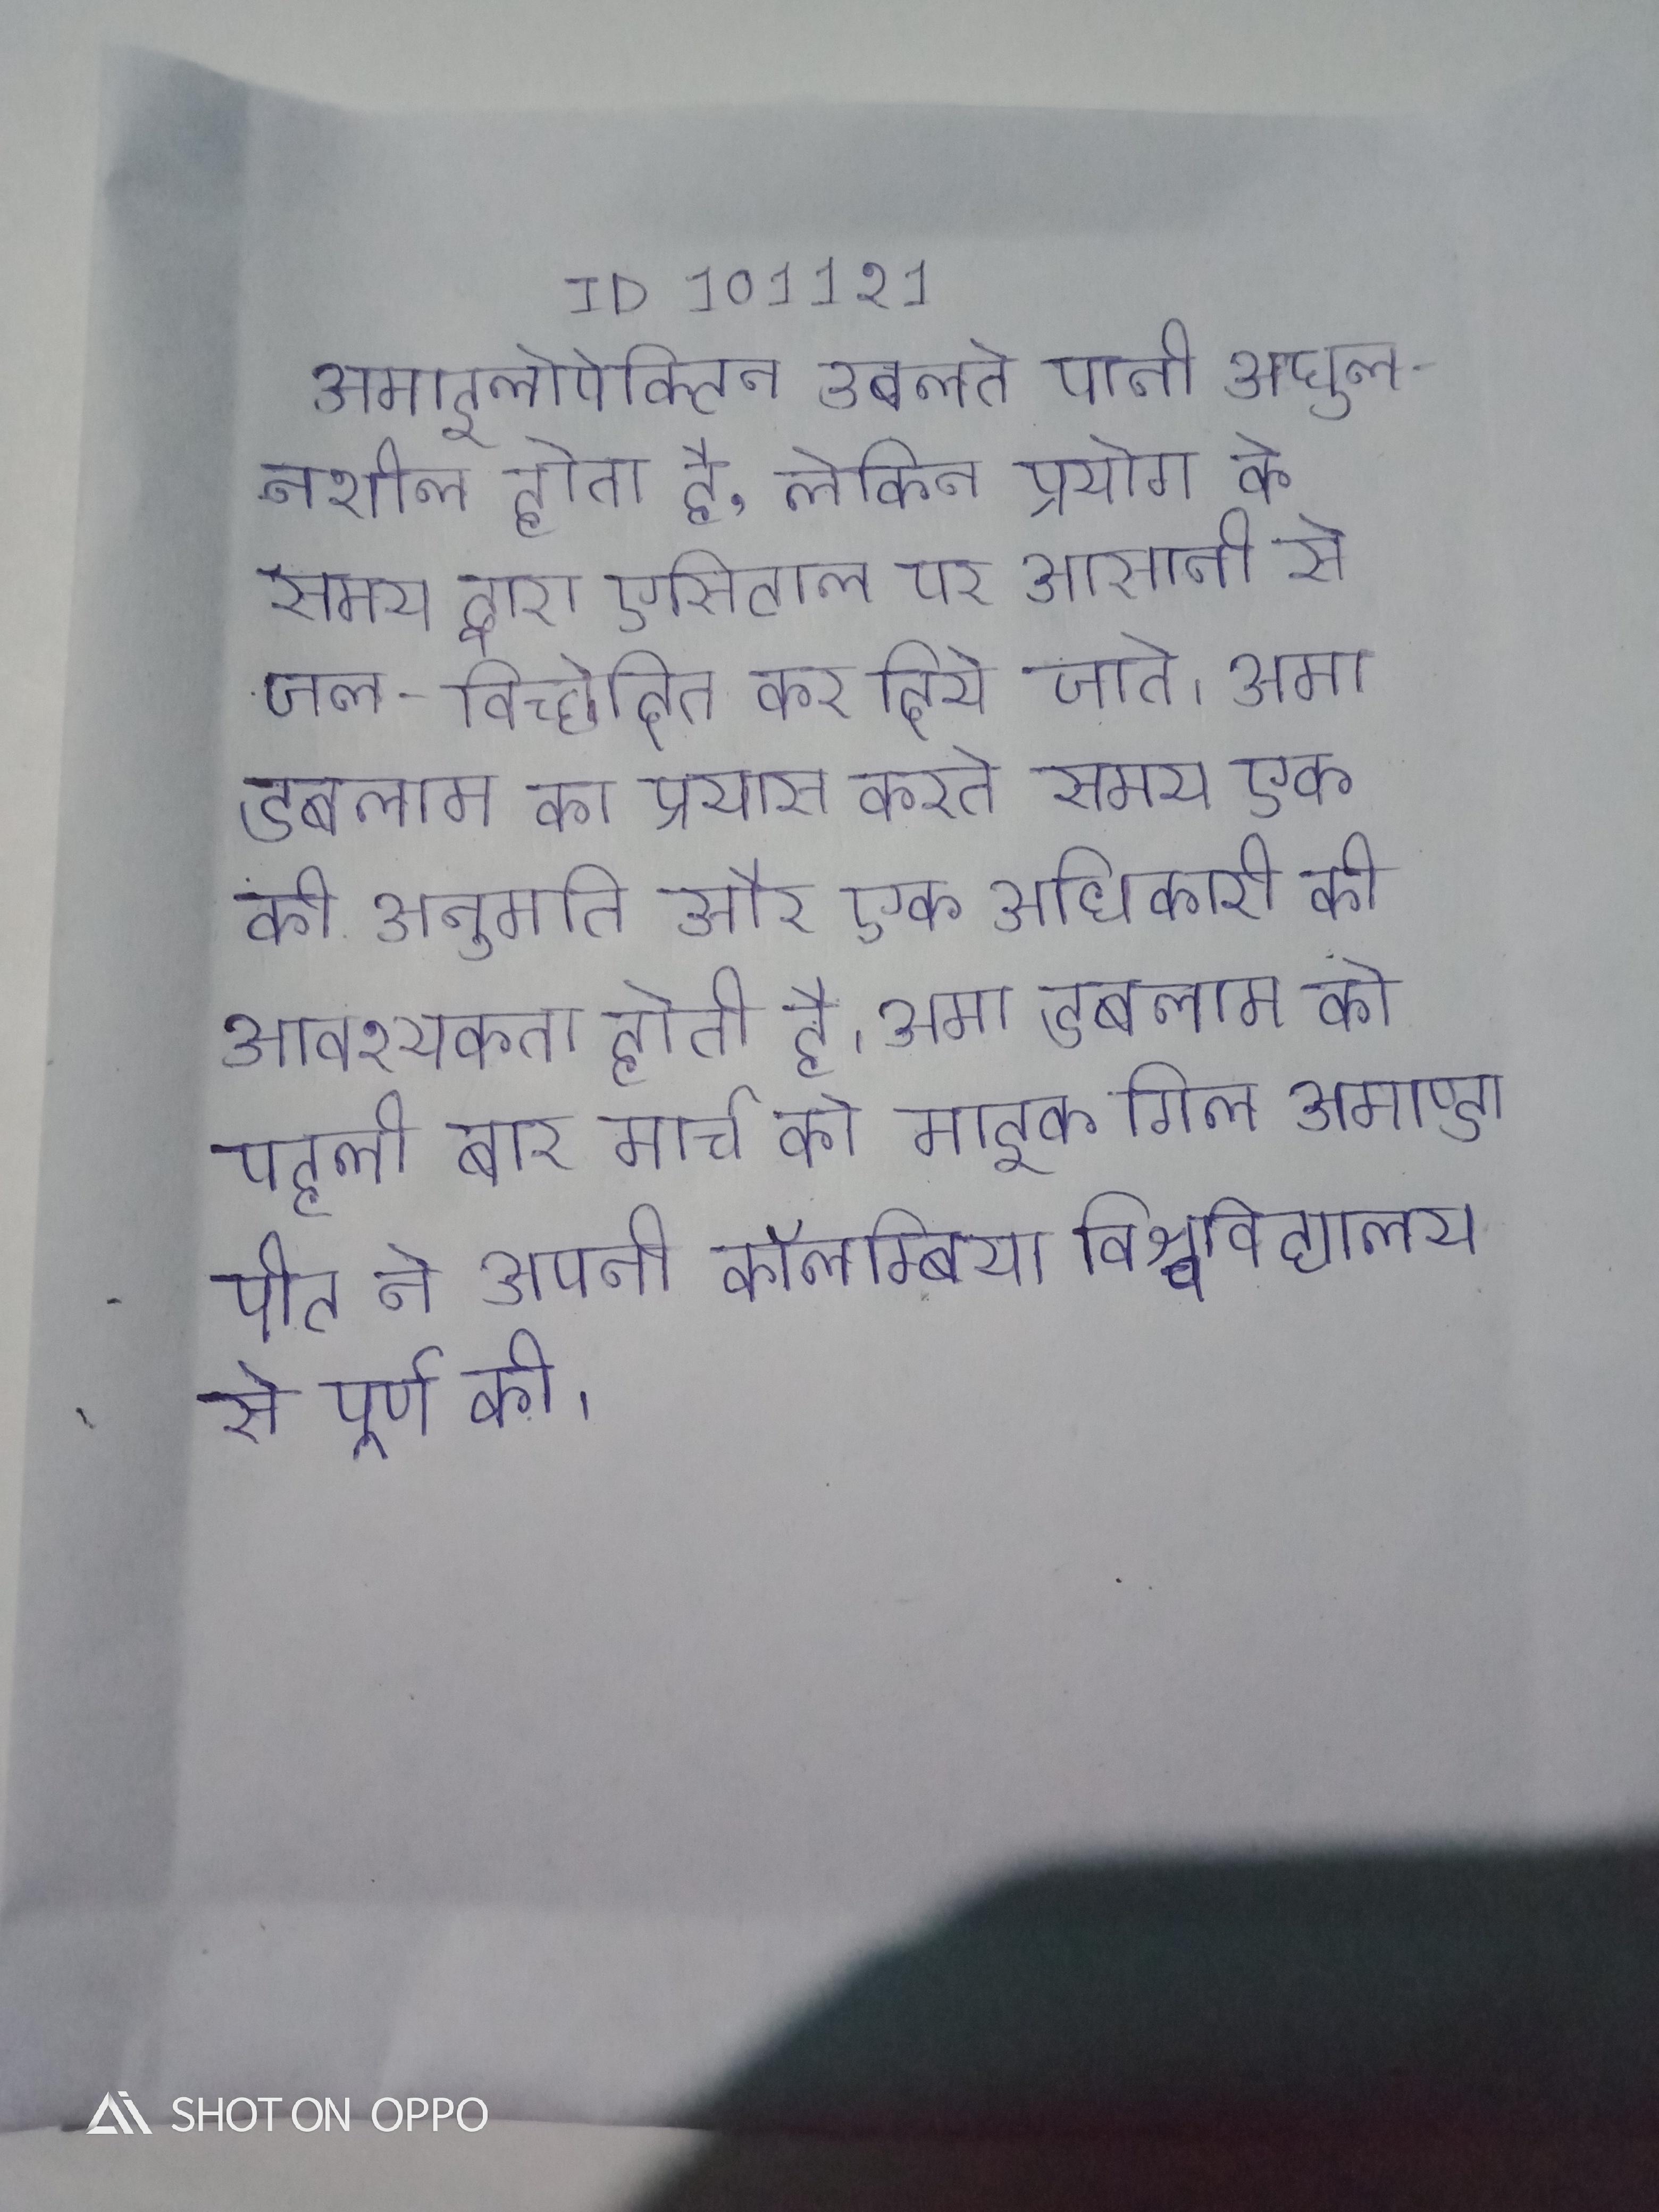
अमाइलोपेक्टिन उबलते पानी अघुलनशील होता है, लेकिन प्रयोग के समय द्वारा एसिटाल पर आसानी से जल-विच्छेदित कर दिये जाते । अमा डबलाम का प्रयास करते समय एक की अनुमति और एक अधिकारी की आवश्यकता होती है । अमा डबलाम को पहली बार मार्च को माइक गिल अमाण्डा पीट ने अपनी कॉलम्बिया विश्वविद्यालय से पूर्ण की ।